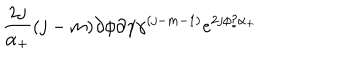
\frac { 2 j } { \alpha _ { + } } ( j - m ) \partial \phi \partial \gamma \gamma ^ { ( j - m - 1 ) } e ^ { 2 j \phi / \alpha _ { + } }